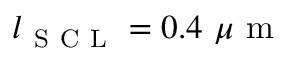
l _ { \mathrm { ~ S ~ C ~ L ~ } } = 0 . 4 \ \mu \mathrm { ~ m ~ }